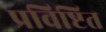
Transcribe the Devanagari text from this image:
प्रविष्टित